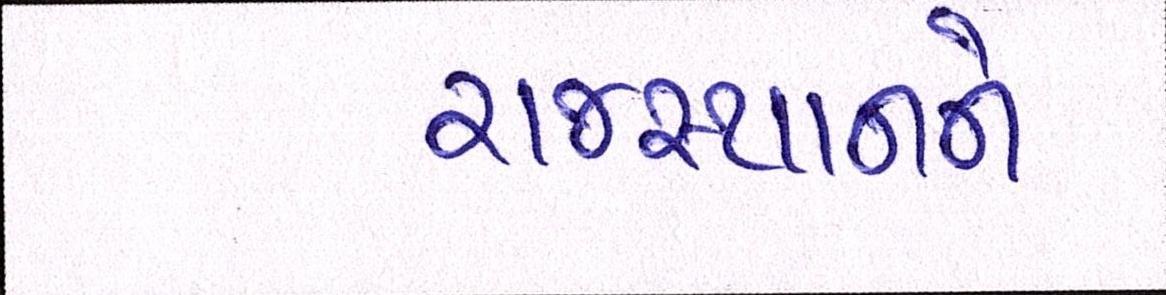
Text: રાજસ્થાનને